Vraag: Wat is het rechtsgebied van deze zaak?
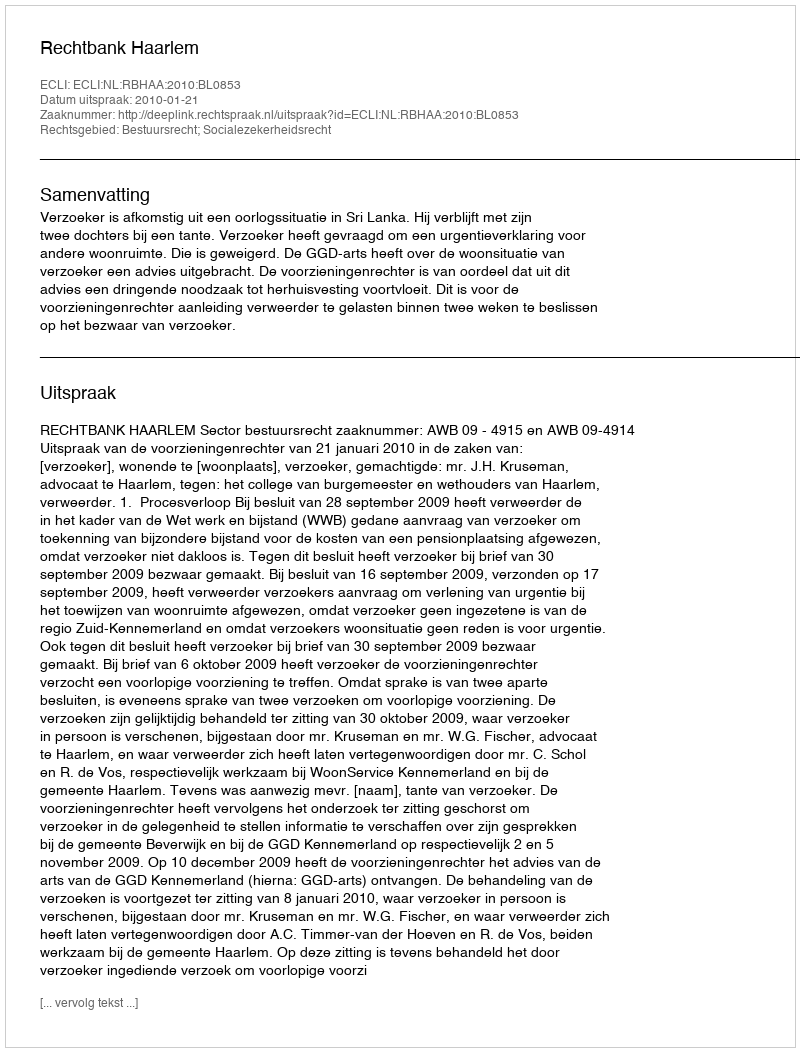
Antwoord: Bestuursrecht; Socialezekerheidsrecht